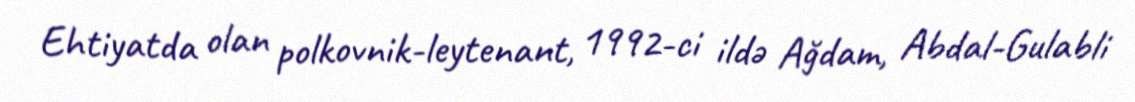
Ehtiyatda olan polkovnik-leytenant, 1992-ci ildə Ağdam, Abdal-Gulabli